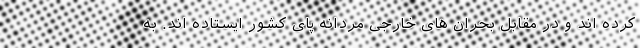
کرده اند و در مقابل بحران های خارجی مردانه پای کشور ایستاده اند. به